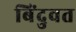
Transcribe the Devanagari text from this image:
बिंदुवत